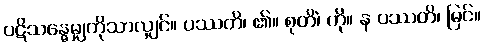
ပဋိသန္ဓေမျှကိုသာလျှင်။ ပဿတိ၊ ၏။ စုတိံ၊ ကို။ န ပဿတိ၊ မြင်။